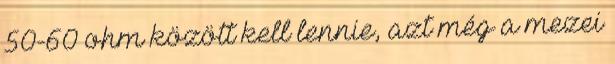
50-60 ohm között kell lennie, azt még a mezei